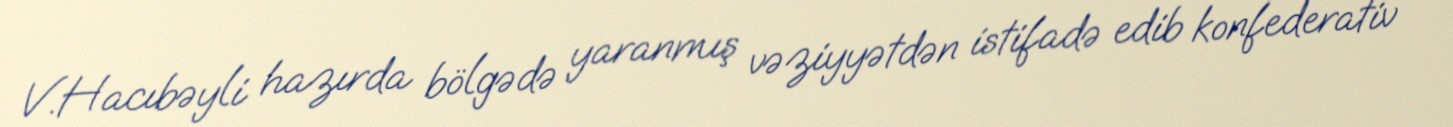
V.Hacıbəyli hazırda bölgədə yaranmış vəziyyətdən istifadə edib konfederativ